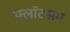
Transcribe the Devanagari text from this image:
फ्लॉटसम